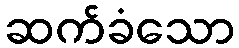
ဆက်ခံသော